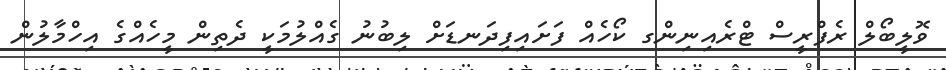
ވޮލީބޯލް ރެފްރީސް ޓްރެއިނިންގ ކޯހެއް ފަށައިފިދަނޑަށް ލިބުނު ގެއްލުމަކީ ދެތިން މީހެއްގެ އިހްމާލުން